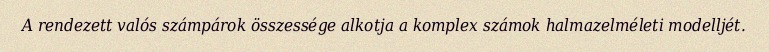
A rendezett valós számpárok összessége alkotja a komplex számok halmazelméleti modelljét.